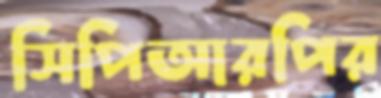
সিপিআরপির